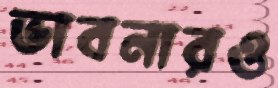
ভাবনারও